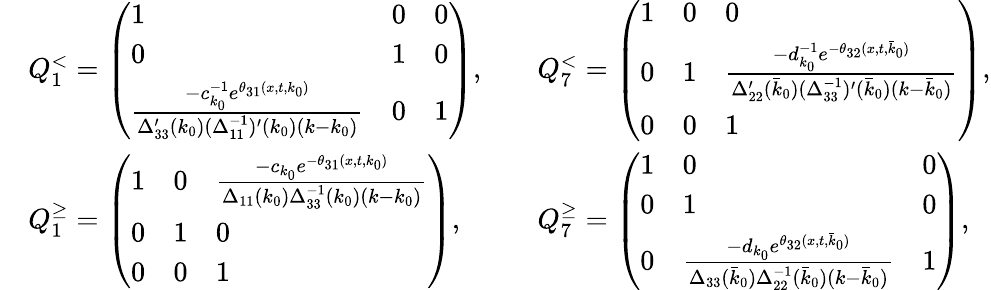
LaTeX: \begin{array}{rlrl}&{Q_{1}^{<}=\left(\begin{array}{lll}{1}&{0}&{0}\\ {0}&{1}&{0}\\ {\frac{-c_{k_{0}}^{-1}e^{\theta_{31}(x,t,k_{0})}}{\Delta_{33}^{\prime}(k_{0})(\Delta_{11}^{-1})^{\prime}(k_{0})(k-k_{0})}}&{0}&{1}\end{array}\right),}&&{Q_{7}^{<}=\left(\begin{array}{lll}{1}&{0}&{0}\\ {0}&{1}&{\frac{-d_{k_{0}}^{-1}e^{-\theta_{32}(x,t,\bar{k}_{0})}}{\Delta_{22}^{\prime}(\bar{k}_{0})(\Delta_{33}^{-1})^{\prime}(\bar{k}_{0})(k-\bar{k}_{0})}}\\ {0}&{0}&{1}\end{array}\right),}\\ &{Q_{1}^{\geq}=\left(\begin{array}{lll}{1}&{0}&{\frac{-c_{k_{0}}e^{-\theta_{31}(x,t,k_{0})}}{\Delta_{11}(k_{0})\Delta_{33}^{-1}(k_{0})(k-k_{0})}}\\ {0}&{1}&{0}\\ {0}&{0}&{1}\end{array}\right),}&&{Q_{7}^{\geq}=\left(\begin{array}{lll}{1}&{0}&{0}\\ {0}&{1}&{0}\\ {0}&{\frac{-d_{k_{0}}e^{\theta_{32}(x,t,\bar{k}_{0})}}{\Delta_{33}(\bar{k}_{0})\Delta_{22}^{-1}(\bar{k}_{0})(k-\bar{k}_{0})}}&{1}\end{array}\right),}\end{array}